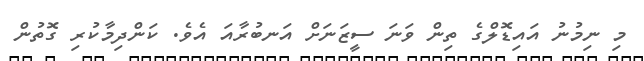
މި ނިމުނު އައިޑޮލްގެ ތިން ވަނަ ސީޒަނަށް އަނބުރާއަ އެެވެ. ކަންދިމާކުރި ގޮތުން